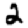
Digit: 2